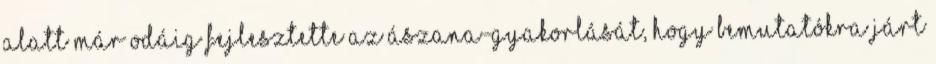
alatt már odáig fejlesztette az ászana-gyakorlását, hogy bemutatókra járt